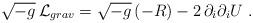
LaTeX: \begin{align*}\sqrt{-g}\,{\cal L}_{grav} = \sqrt{-g}\,(- R) - 2 \, \partial_i \partial_i U \ .\end{align*}